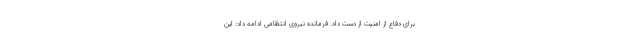
برای دفاع از امنیت از دست داد. فرمانده نیروی انتظامی ادامه داد: این